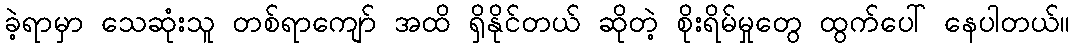
ခဲ့ရာမှာ သေဆုံးသူ တစ်ရာကျော် အထိ ရှိနိုင်တယ် ဆိုတဲ့ စိုးရိမ်မှုတွေ ထွက်ပေါ် နေပါတယ်။